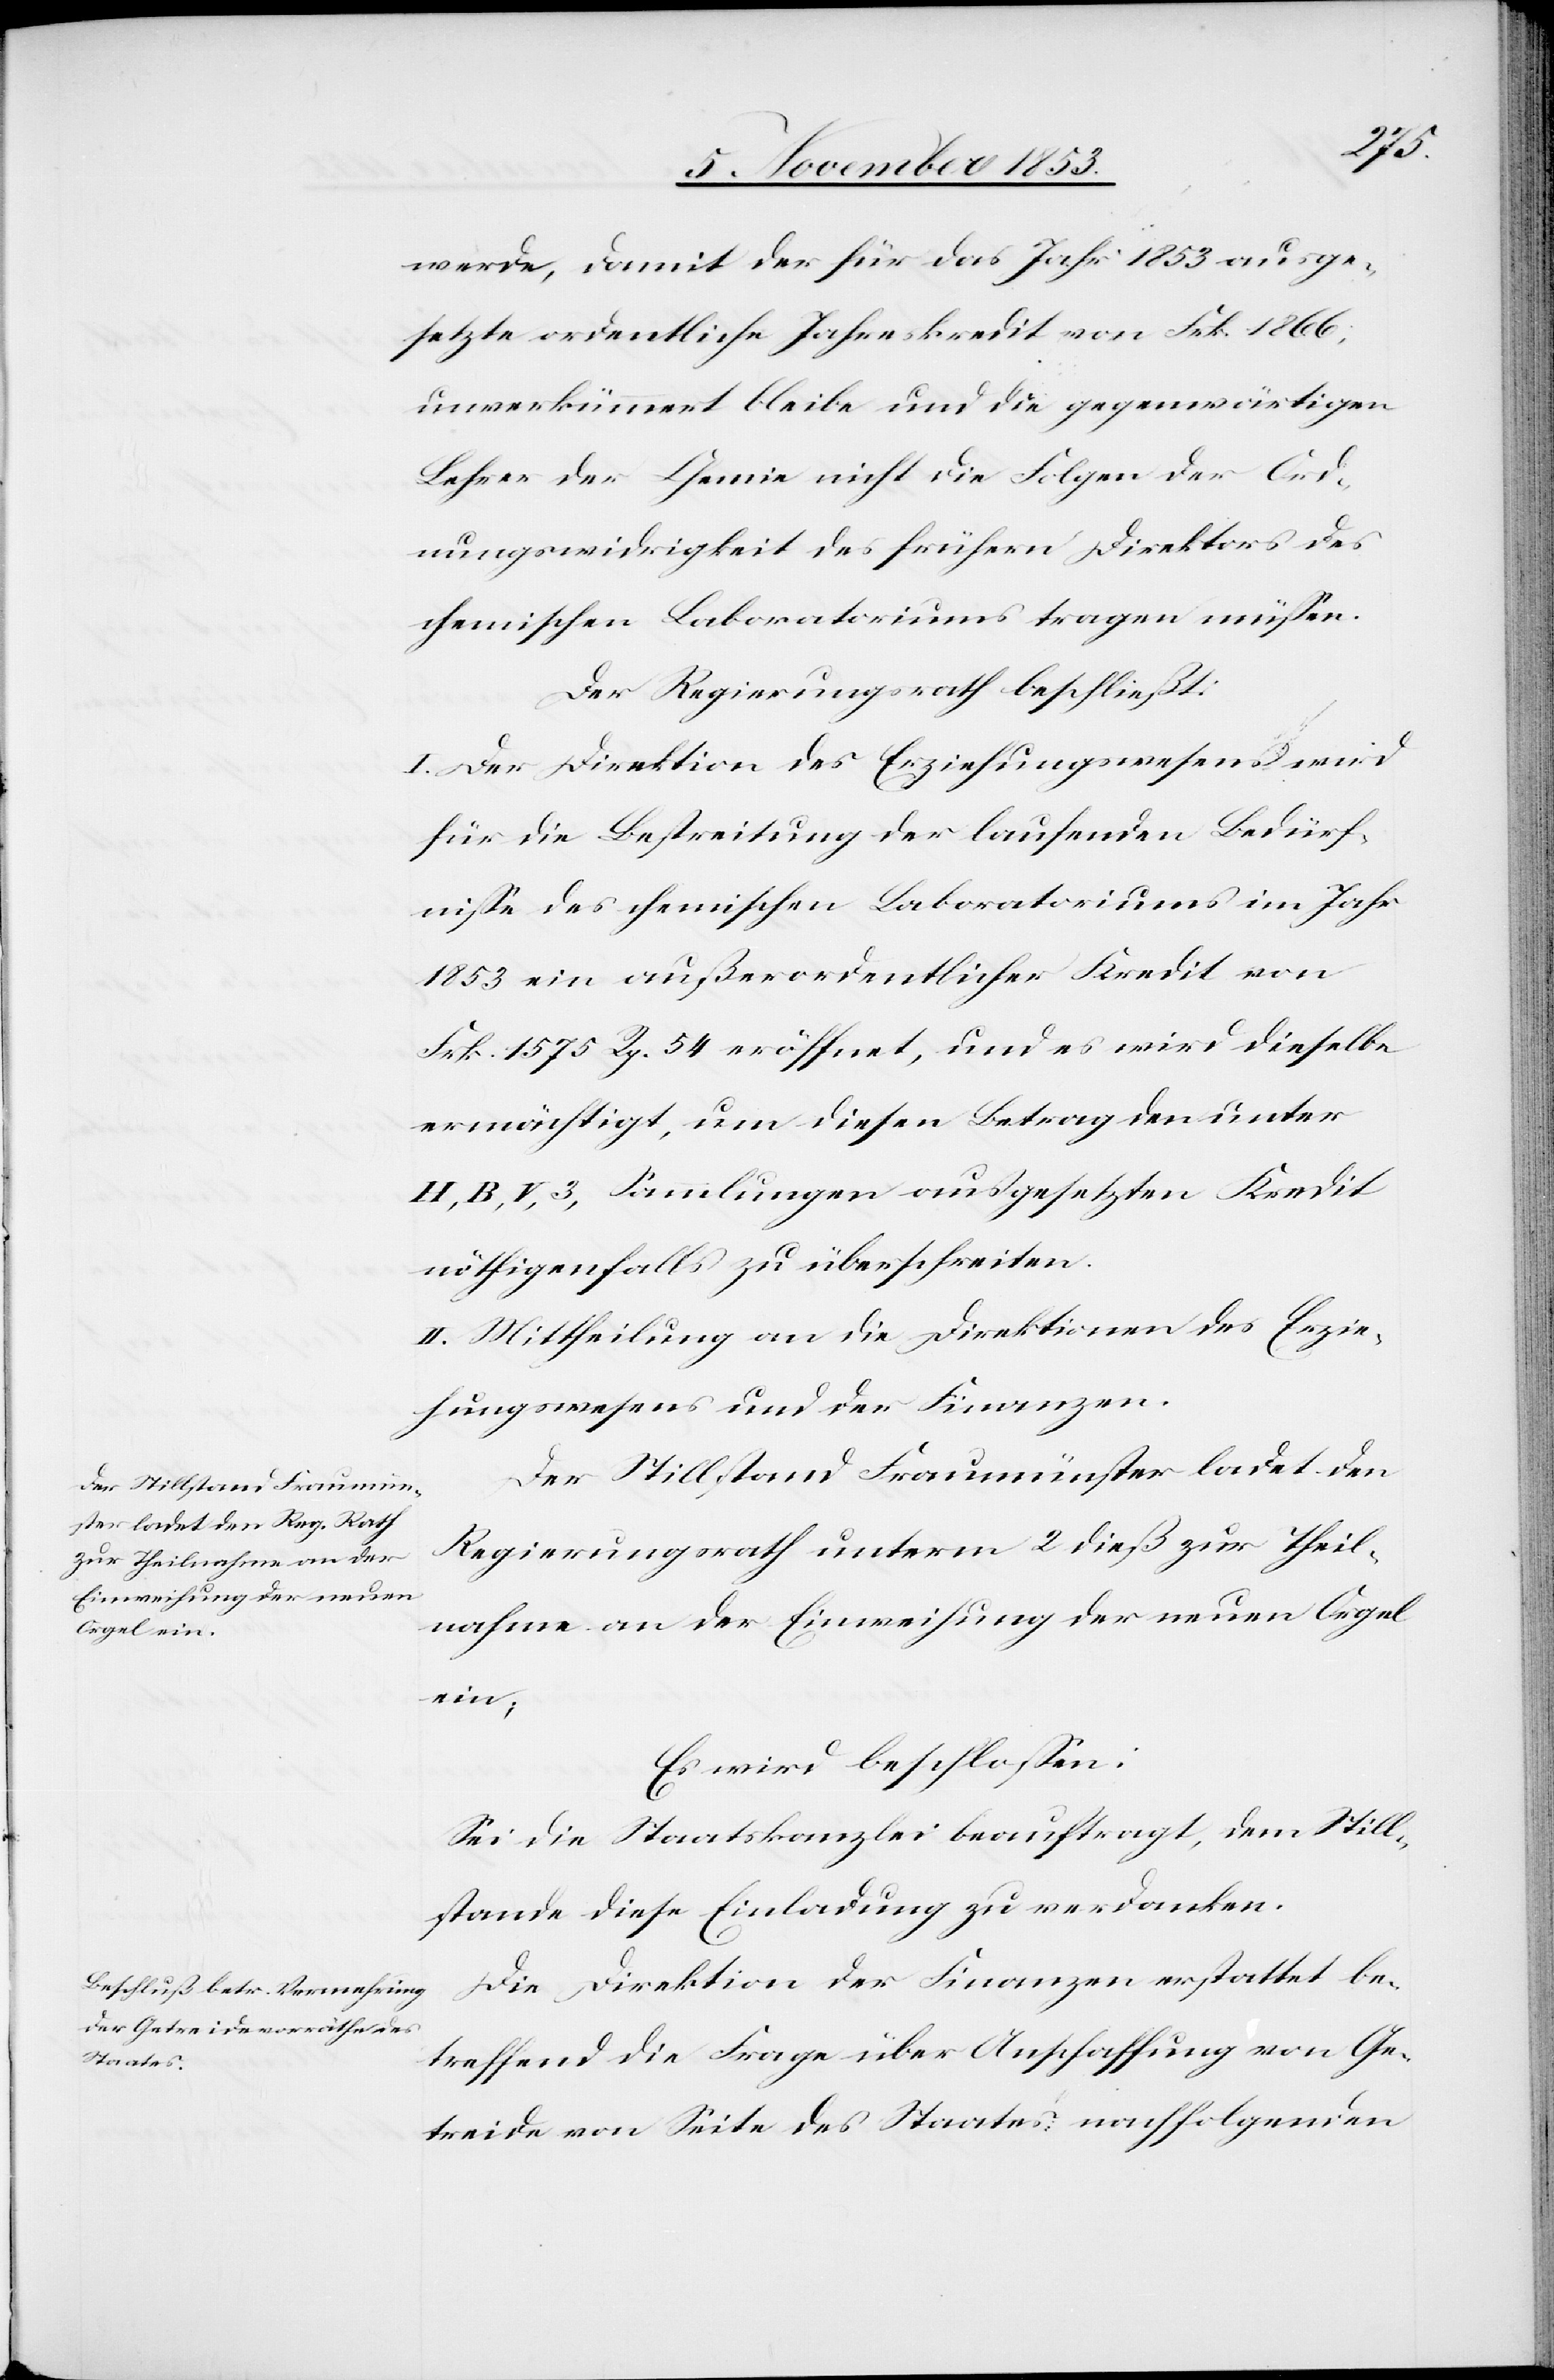
werde, damit der für das Jahr 1853 ausge¬
setzte ordentliche Jahreskredit von Frk. 1866,
unverkümmert bleibe und die gegenwärtigen
Lehrer der Chemie nicht die Folgen der Ord¬
nungswidrigkeit des frühern Direktors des
chemischen Laboratoriums tragen müßen.
Der Regierungsrath beschließt:
I. Der Direktion des Erziehungswesens wird
für die Bestreitung der laufenden Bedürf¬
niße des chemischen Laboratoriums im Jahr
1853 ein außerordentlicher Kredit von
Frk. 1575. Rp. 54 eröffnet, und es wird dieselbe
ermächtigt, um diesen Betrag den unter
H, B, V, 3, Sammlungen ausgesetzten Kredit
nöthigenfalls zu überschreiten.
II. Mittheilung an die Direktion des Erzie¬
hungswesens und der Finanzen.
Der Stillstand Fraumünster ladet den
Regierungsrath unterm 2 dieß zur Theil¬
nahme an der Einweihung der neuen Orgel
ein;
Es wird beschloßen:
Sei die Staatskanzlei beauftragt, dem Still¬
stande diese Einladung zu verdanken.
Die Direktion der Finanzen erstattet be¬
treffend die Frage über Anschaffung von Ge¬
treide von Seite des Staates nachfolgenden